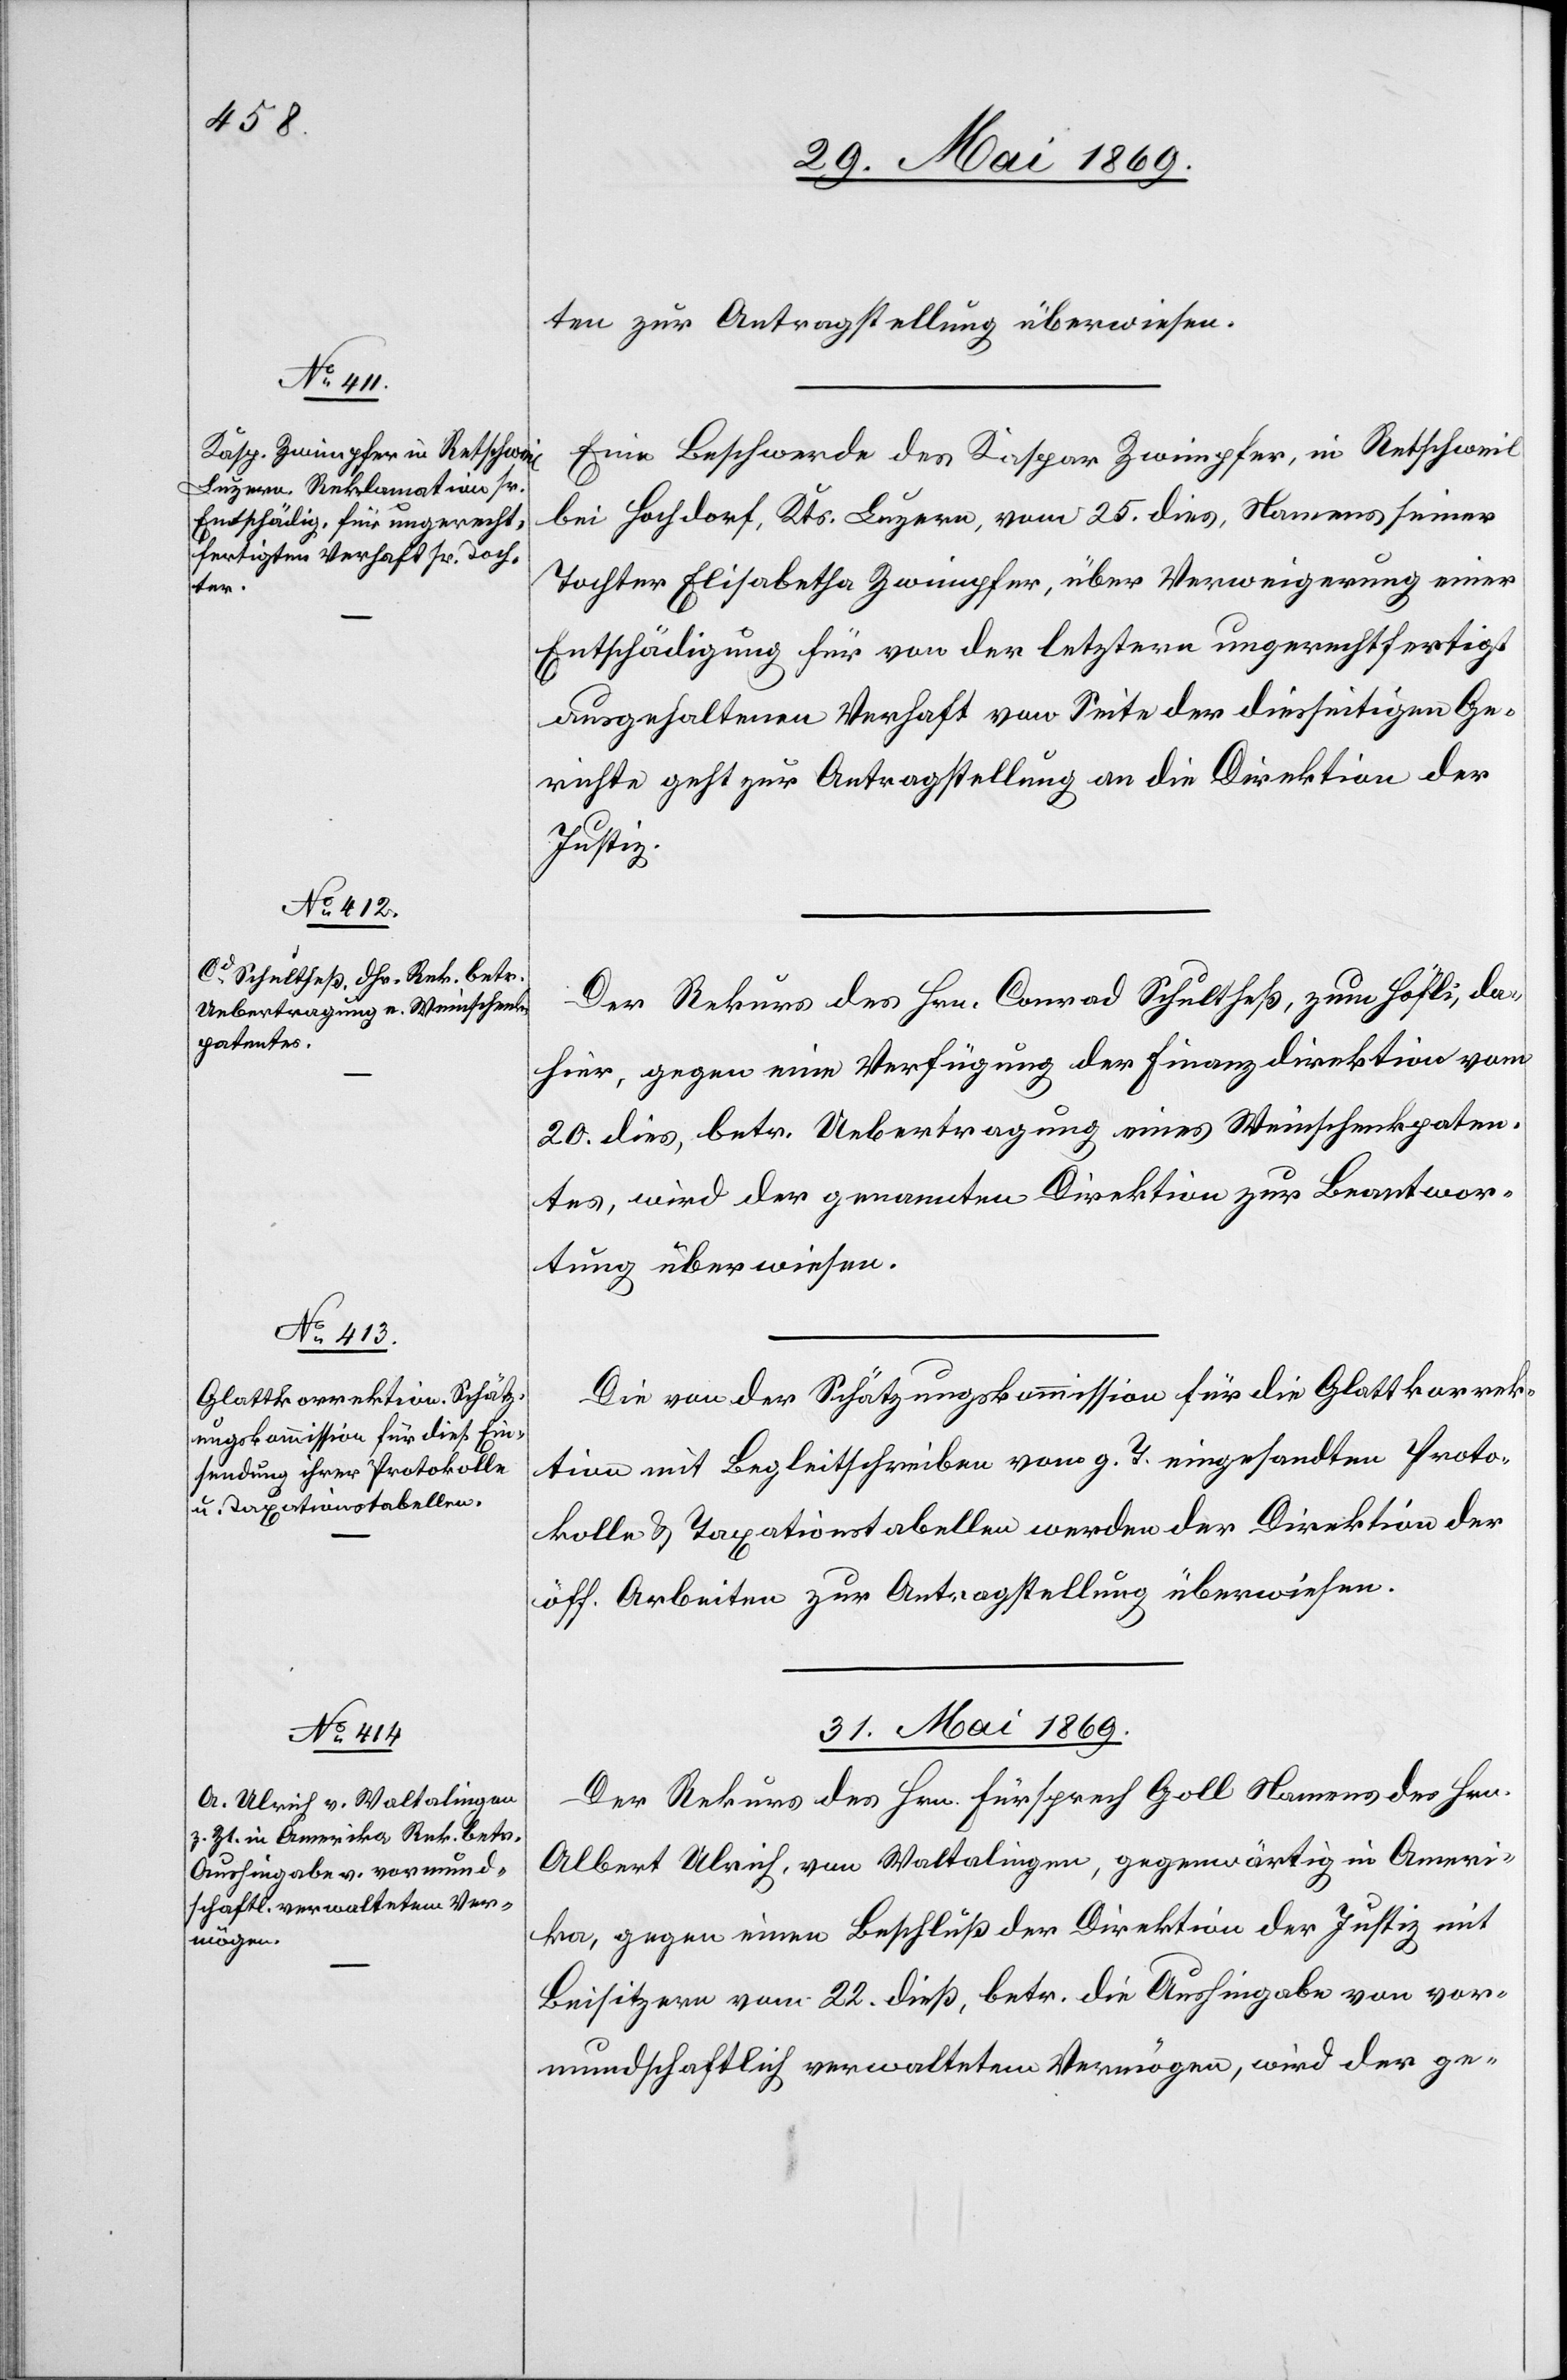
29. Mai 1869.]
ten zur Antragstellung überwiesen.
Eine Beschwerde des Kaspar Zwimpfer, in Rettschweil
bei Hochdorf, Kts. Luzern, vom 25. dies, Namens seiner
Tochter Elisabetha Zwimpfer, über Verweigerung einer
Entschädigung für den von der letztern ungerechtfertigt
ausgehaltenen Verhaft von Seite der diesseitigen Ge¬
richte geht zur Antragstellung an die Direktion der
Justiz.
Der Rekurs des Hrn. Conrad Schultheß, zum Höfli, da¬
hier, gegen eine Verfügung der Finanzdirektion vom
20. dies, betr. Uebertragung eines Weinschenkpaten¬
tes, wird der genannten Direktion zur Beantwor¬
tung überwiesen.
Die von der Schätzungskommission für die Glattkorrek¬
tion mit Begleitschreiben vom g. T. eingesandten Proto¬
kolle u. Taxationstabellen werden der Direktion der
öff. Arbeiten zur Antragstellung überwiesen.
31. Mai 1869.
Der Rekurs des Hrn. Fürsprech Goll Namens des Hrn.
Albert Ulrich, von Waltalingen, gegenwärtig in Ameri¬
ka, gegen einen Beschluß der Direktion der Justiz mit
Beisitzern vom 22. dieß, betr. die Aushingabe von vor¬
mundschaftlich verwalteten Vermögen, wird der ge-